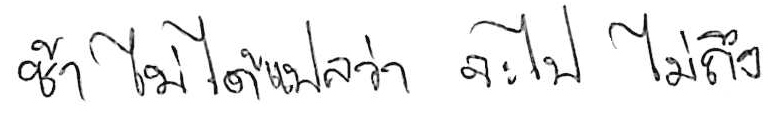
ช้า ไม่ได้แปลว่า จะไปไม่ถึง